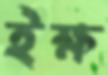
ইক্ষ